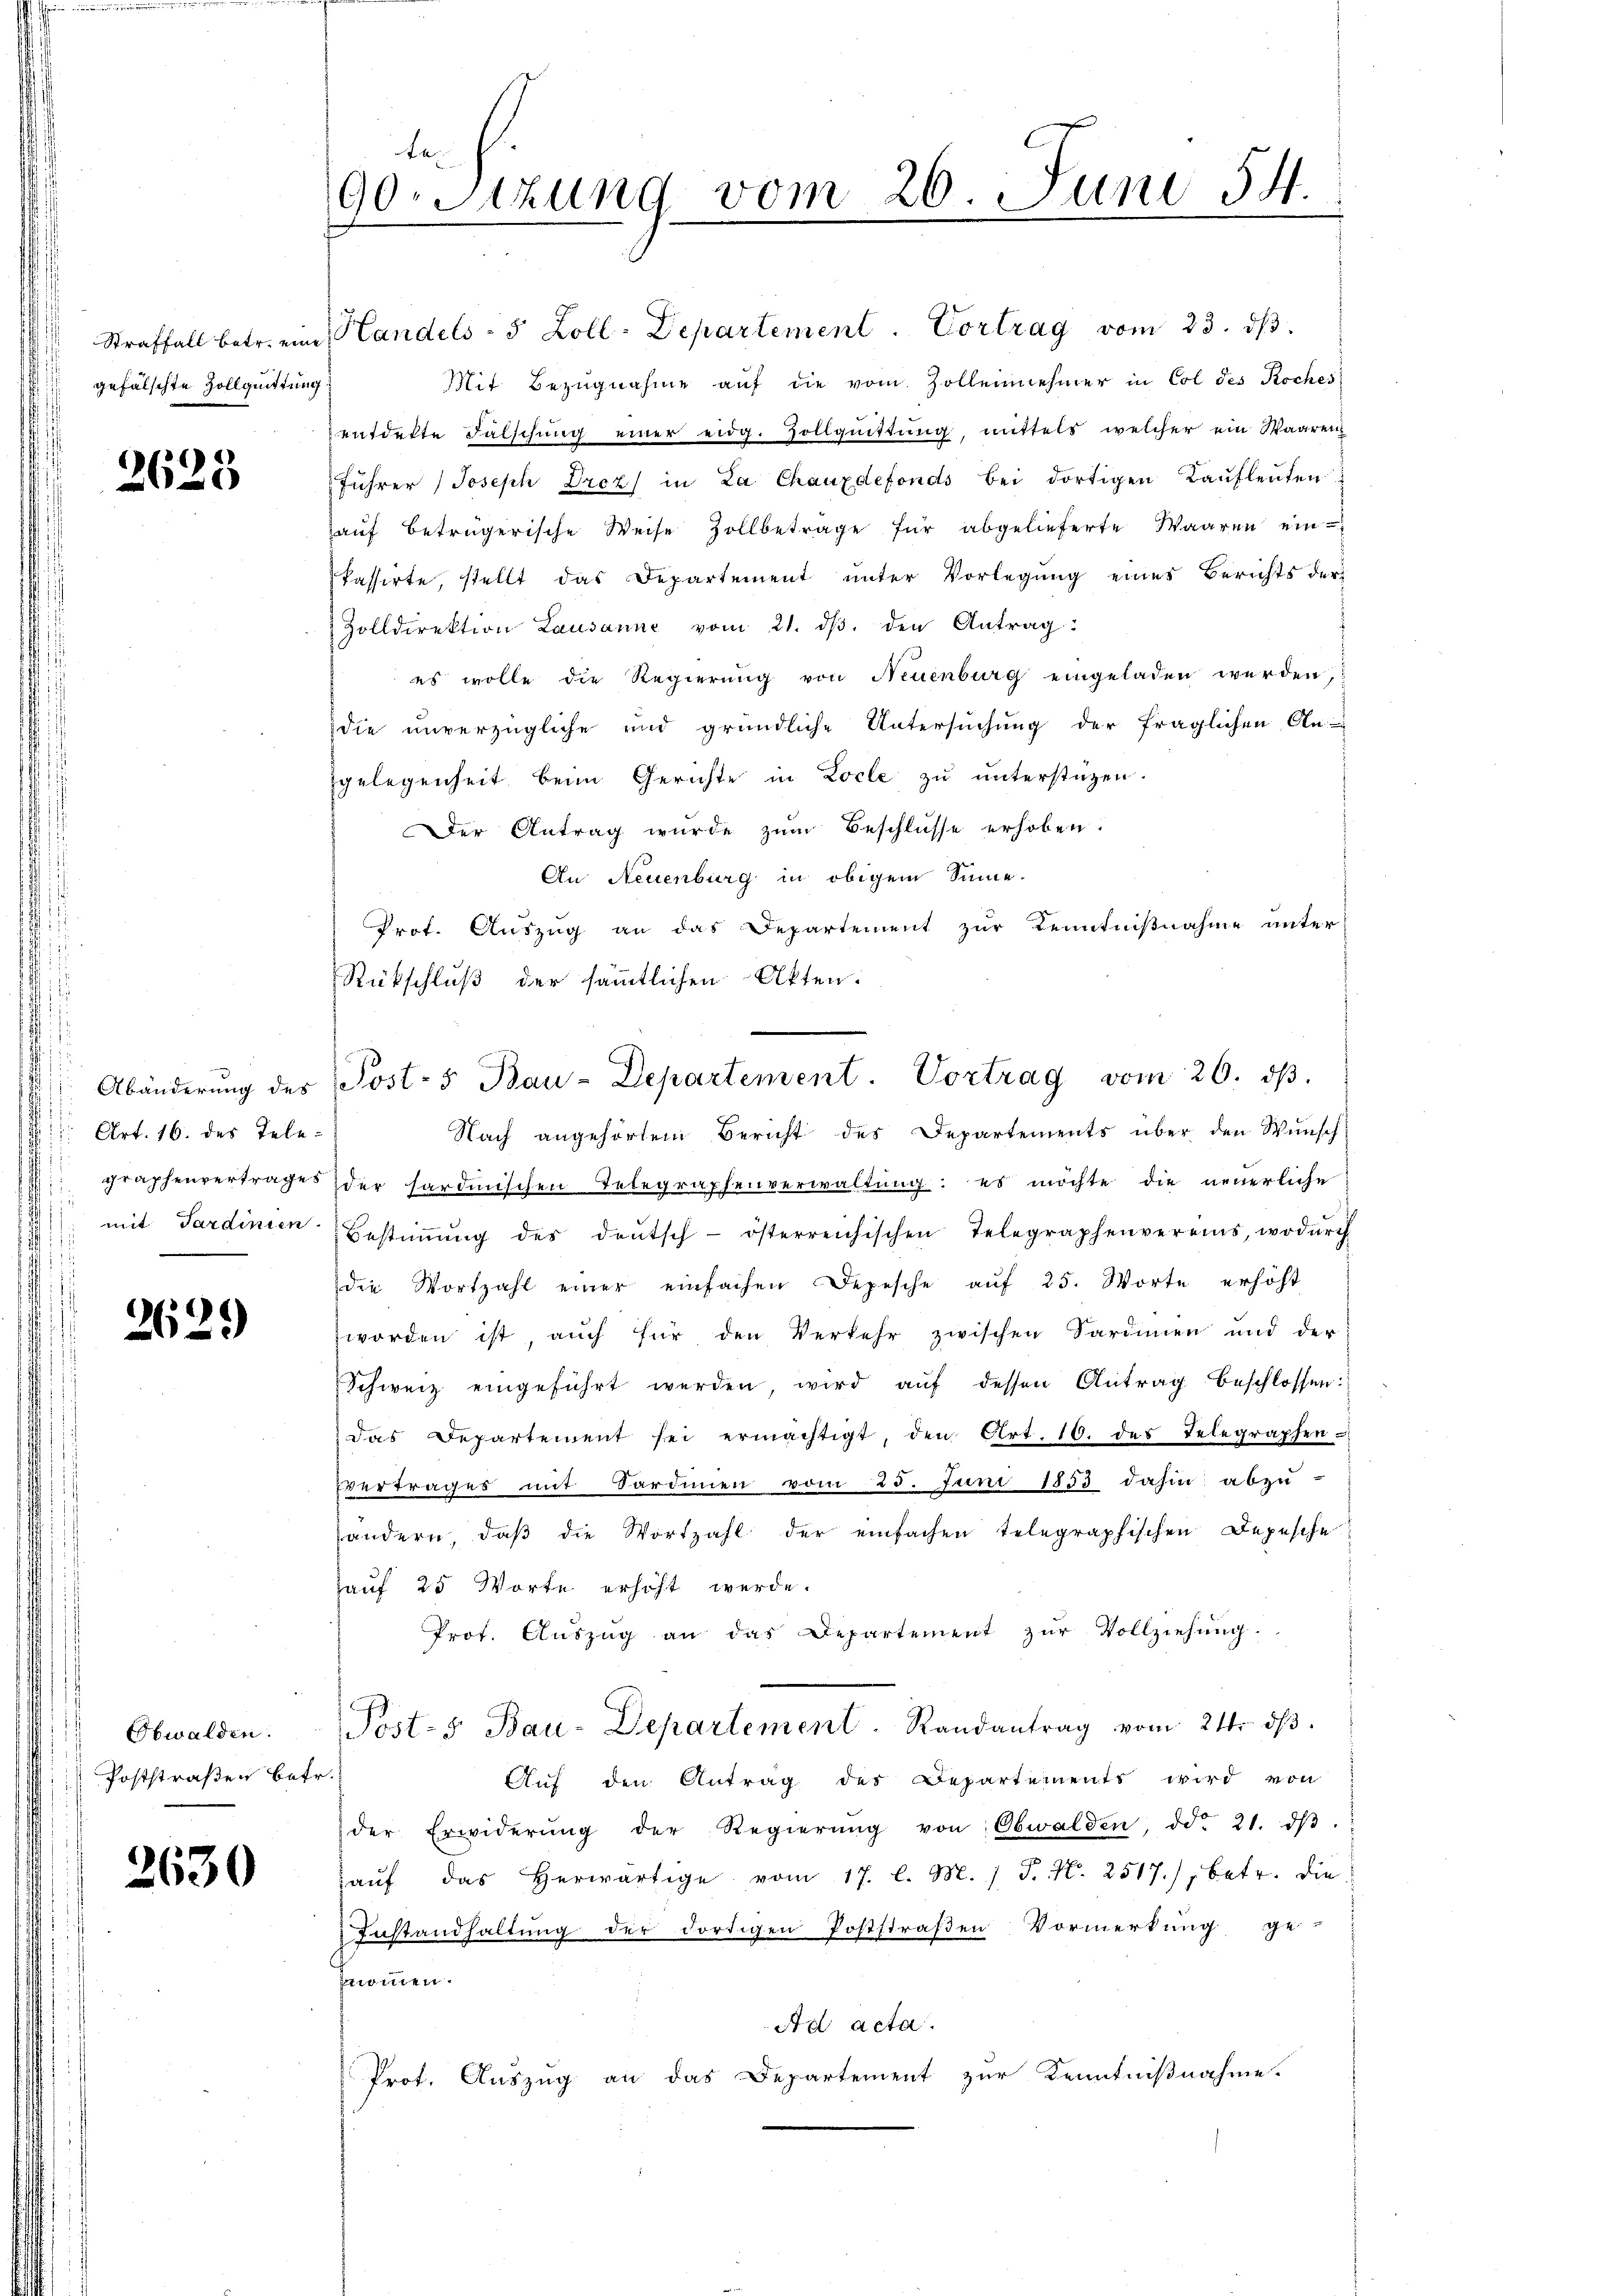
Straffall betr. eine
gefälschte Zollquittung

2625

Art. 16. des Telegraphenvertrages
mit Sardinien.
.

2629

Obwalden.
Poststraßen betr.

2630

te
90. Sitzung vom 26. Juni 54.

Handels- 5 Zoll-Departement. Cortrag vom 23. dβ
Mit Bezugnahme auf die vom Zollennehmer in Col des Roches
entdekte Fälschung einer eidg. Zollquittung, mittels welcher ein Waaren
führer Joseph Drez in La Chauxdefonds bei dortigen Kaŭfleuten
hauf betrügerische Weise Zollbeträge für abgelieferte Waaren einkassirte, stellt das Departement unter Vorlegung eines Berichts der
Zolldirektion Lausanne vom 21. dβ. den Antrag:
es wolle die Regierŭng von Neuenburg eingeladen werden,
die unverzügliche und gründliche Untersuchung der fraglichen An-
gelegenheit beim Gerichte in Locle zu unterstüzen.
Der Antrag wurde zŭm Beschlüsse erhoben.
An Neuenburg in obigem Sinne.
Prot. Auszug an das Departement zur Kenntnißnahme unter
Rückschluß der sämmtlichen Akten.
Nach angehörtem Bericht des Departements über den Wunsch
der sardinischen Telegraphenverwaltung: es möchte die neuerliche
Bestiṁŭng des deŭtsch-österreichischen Telegraphenvereins, wodŭrch
die Wortzahl einer einfachen Depesche auf 25. Worte erhöht
worden ist, auch für den Verkehr zwischen Sardinen und der
Schweiz eingeführt werden wird aŭf dessen Antrag beschlossen:
das Departement sei ermächtigt, den Art. 10. des Telegraphen-
vertrages mit Sardinen vom 25. Juni 1853 dahin abzu-
andern, daβ die Wortzahl der einfachen telegraphischen Depesche
Hauf 25 Worte erhöht werde.
Prof. Auszug an das Departement zur Vollziehung.
Post-s Bau-Departement. Randantrag vom 21. dβ.
¬
Auf den Antrag des Departements wird von
der Erwiderŭng der Regierŭng von Obwalden, ddo 21. dβ.
aŭf das herwärtige vom 17. l. M. / P. N. 2517), betr. die
Zustandhaltung der dortigen Poststraßen Vormerkung ge-
nommen.
Ad acta.
Prot. Auszug an das Departement zur Kenntnißnahme.

Abänderŭng des Post- & Bau-Departement. Vortrag vom 26. dβ.